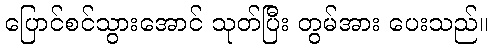
ပြောင်စင်သွားအောင် သုတ်ပြီး တွမ်အား ပေးသည်။